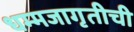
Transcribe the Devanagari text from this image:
धम्मजागृतीची